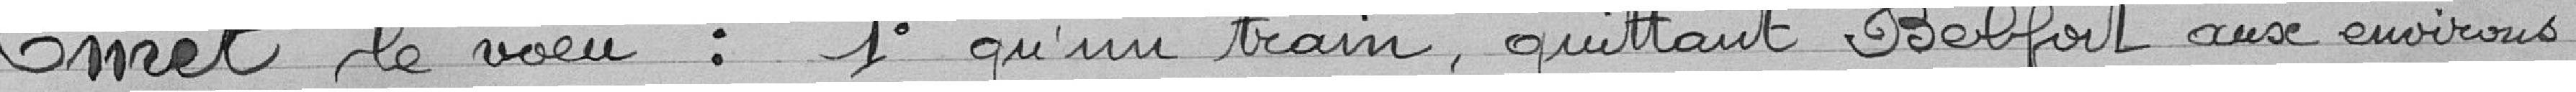
Emet le voeu : 1° qu'un train quittant Belfort aux environs